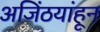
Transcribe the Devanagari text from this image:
अजिंठयांहून